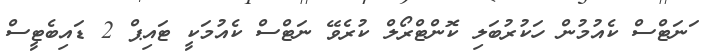
ަނަޓްސް ކެއުމުން ހަކުރުބަލި ކޮންޓްރޯލް ކުރެވޭ ނަޓްސް ކެއުމަކީ ޓައިޕް 2 ޑައިބެޓީސް